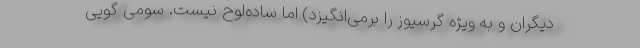
دیگران و به ویژه گرسیوز را برمی‌انگیزد) اما ساده‌لوح نیست. سومی گویی